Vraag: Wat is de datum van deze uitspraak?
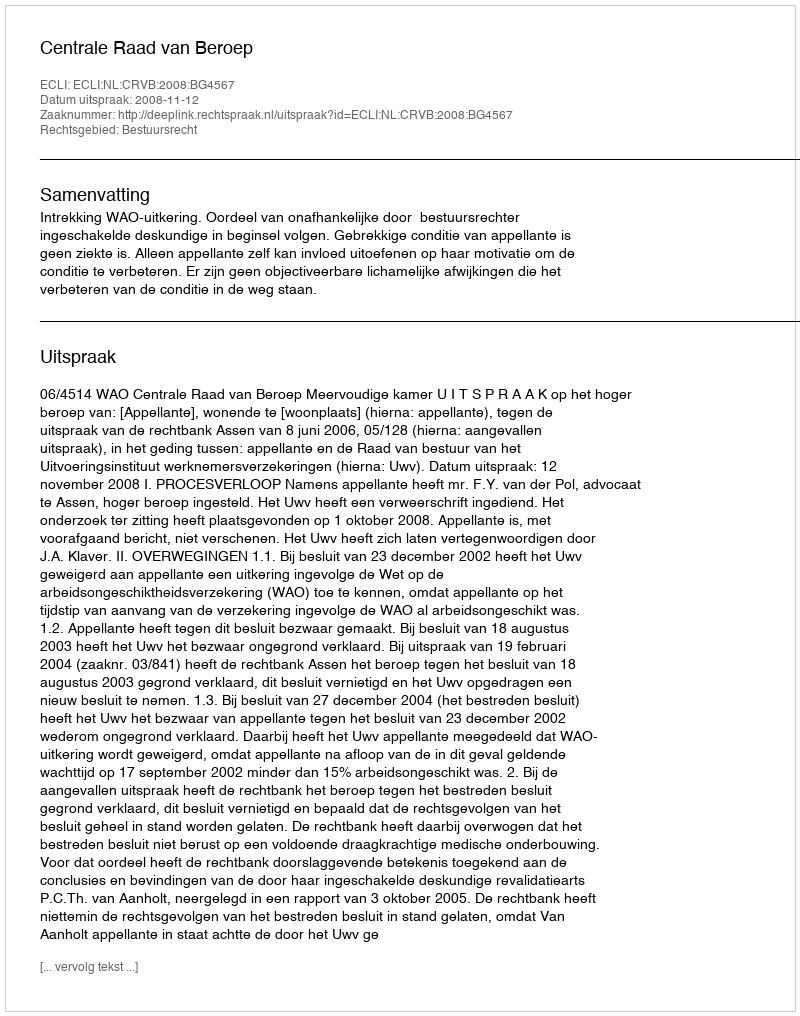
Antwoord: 2008-11-12